65_HS1-834228961_62-HQ-83894_Section_9
Agency: FBI
Page 172
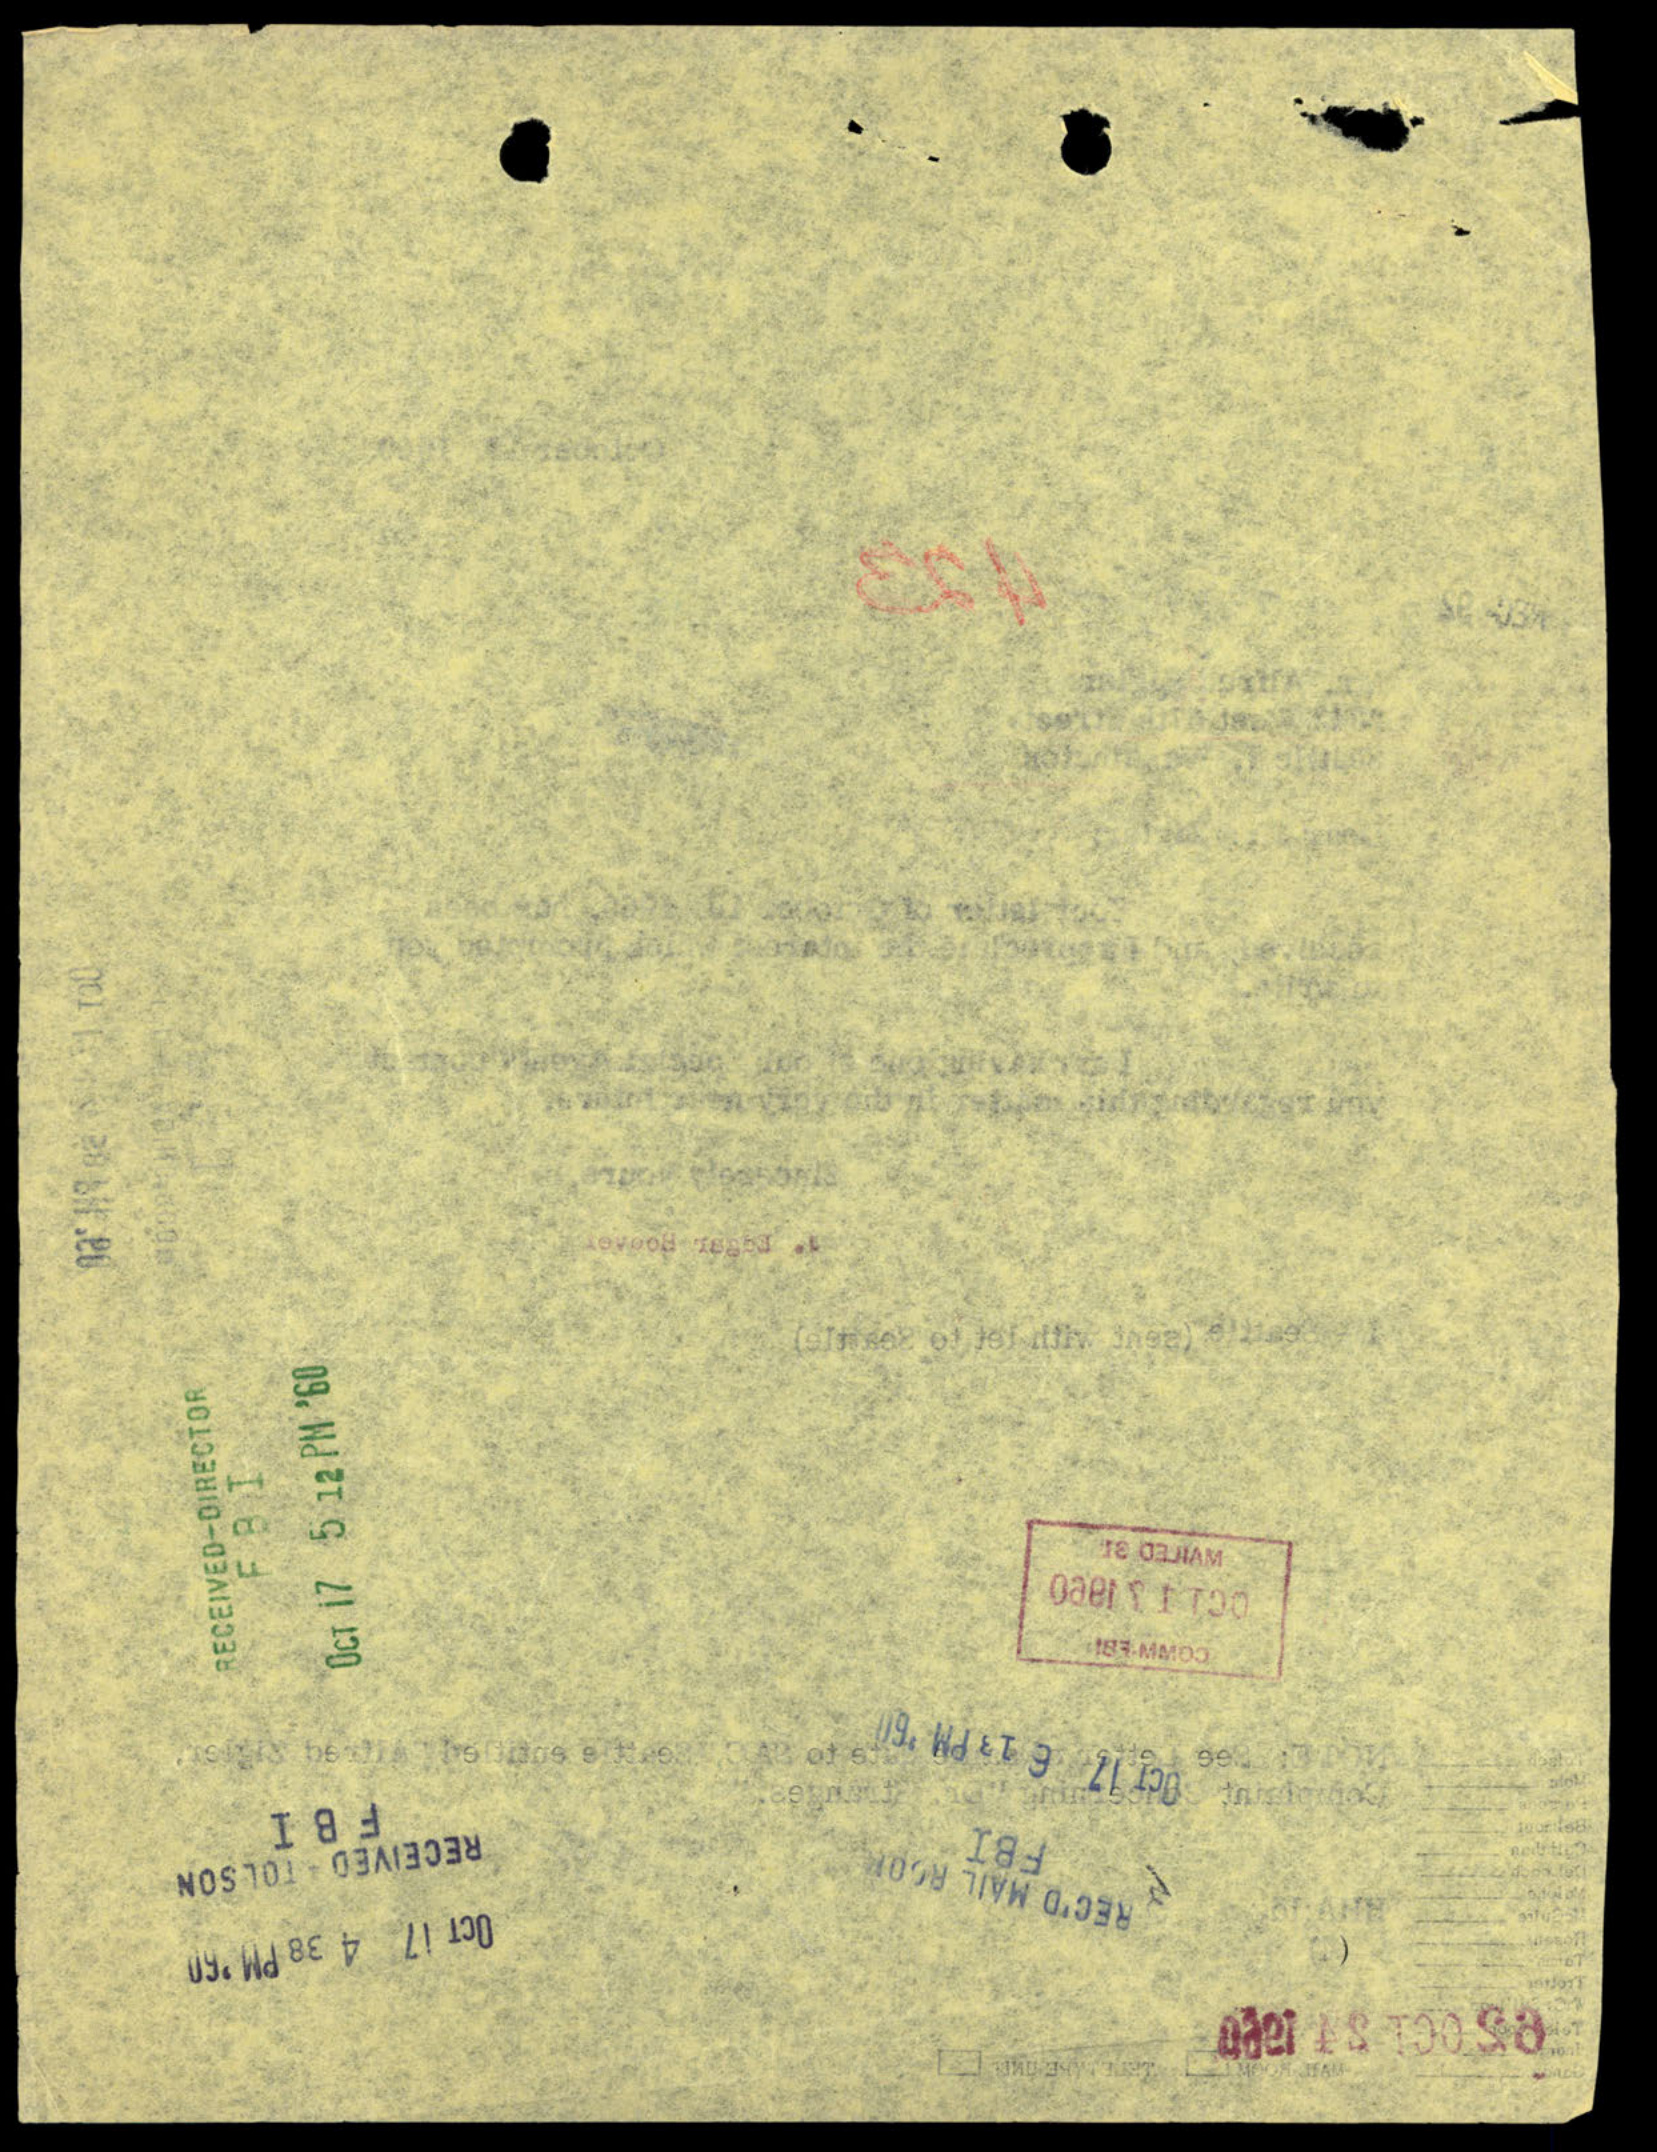